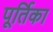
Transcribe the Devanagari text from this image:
पूर्तिका